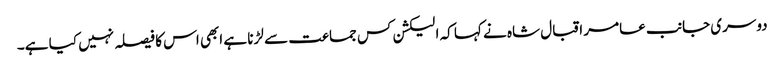
دوسری جانب عامر اقبال شاہ نے کہا کہ الیکشن کس جماعت سے لڑنا ہے ابھی اس کا فیصلہ نہیں کیا ہے۔